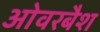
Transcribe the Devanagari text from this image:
ओवरबैश